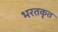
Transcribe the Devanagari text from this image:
भरतकृत